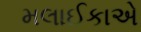
મલાઈકાએ